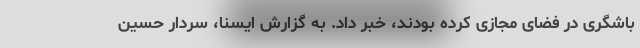
باشگری در فضای مجازی کرده بودند، خبر داد. به گزارش ایسنا، سردار حسین